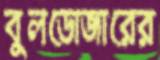
বুলডোজারের